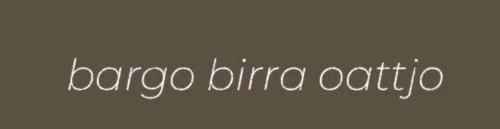
bargo birra oattjo